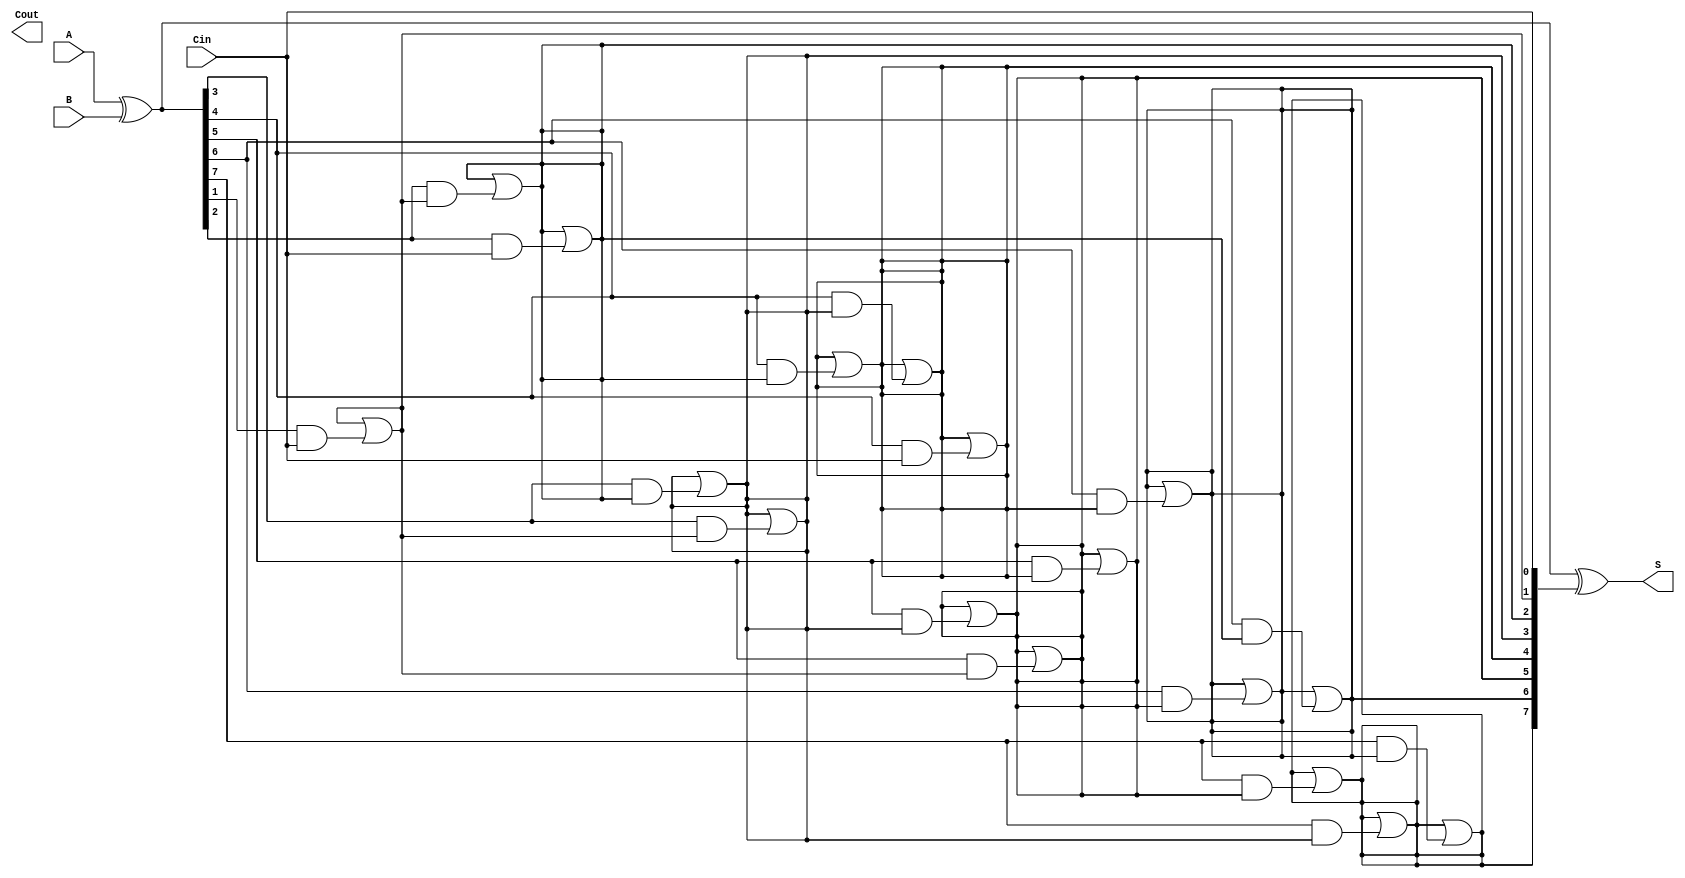
module KoggeStoneAdder #(parameter N = 8) (
    input  [N-1:0] A,      // First n-bit input
    input  [N-1:0] B,      // Second n-bit input
    input         Cin,      // Carry-in
    output [N-1:0] S,      // n-bit sum output
    output        Cout      // Carry-out
);

    // Generate and Propagate signals
    wire [N-1:0] G; // Generate
    wire [N-1:0] P; // Propagate
    wire [N:0] C;    // Carry signals

    // Generate and Propagate calculations
    assign G = A & B;          // G[i] = A[i] AND B[i]
    assign P = A ^ B;          // P[i] = A[i] XOR B[i]

    // Carry generation
    assign C[0] = Cin;         // C[0] = Cin

    genvar i, j, k;
    generate
        for (i = 0; i < N; i = i + 1) begin : carry_generation
            // Calculate carry signals
            for (j = 0; j < $clog2(N); j = j + 1) begin : level
                if (i >= (1 << j)) begin
                    assign C[i] = C[i] | (P[i] & C[i - (1 << j)]);
                end
            end
        end
    endgenerate

    // Sum generation
    assign S = P ^ C[N-1:0];   // S[i] = P[i] XOR C[i]

    // Carry-out
    assign Cout = C[N];        // Cout = C[n]

endmodule